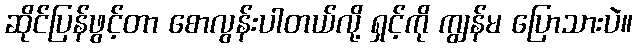
ဆိုင်ပြန်ဖွင့်တာ စောလွန်းပါတယ်လို့ ရှင့်ကို ကျွန်မ ပြောသားပဲ။